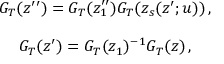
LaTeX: \begin{array} { c } { { G _ { T } ( z ^ { \prime \prime } ) = G _ { T } ( z _ { 1 } ^ { \prime \prime } ) G _ { T } ( z _ { s } ( z ^ { \prime } ; u ) ) \, , } } \\ { { { } } } \\ { { G _ { T } ( z ^ { \prime } ) = G _ { T } ( z _ { 1 } ) ^ { - 1 } G _ { T } ( z ) \, , } } \end{array}